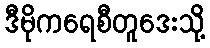
ဒီမိုကရေစီတူဒေးသို့